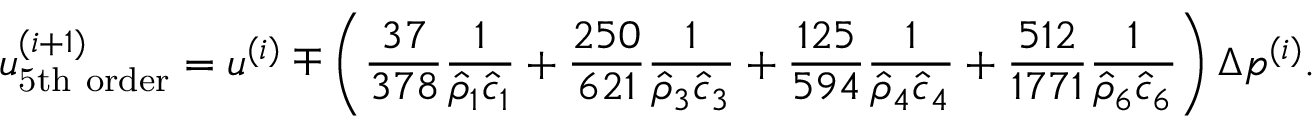
u _ { \mathrm { 5 t h ~ o r d e r } } ^ { ( i + 1 ) } = u ^ { ( i ) } \mp \left( \frac { 3 7 } { 3 7 8 } \frac { 1 } { \hat { \rho } _ { 1 } \hat { c } _ { 1 } } + \frac { 2 5 0 } { 6 2 1 } \frac { 1 } { \hat { \rho } _ { 3 } \hat { c } _ { 3 } } + \frac { 1 2 5 } { 5 9 4 } \frac { 1 } { \hat { \rho } _ { 4 } \hat { c } _ { 4 } } + \frac { 5 1 2 } { 1 7 7 1 } \frac { 1 } { \hat { \rho } _ { 6 } \hat { c } _ { 6 } } \right) \Delta p ^ { ( i ) } .